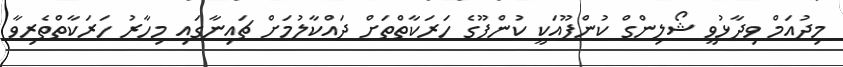
މިދުއަމް ވިދާޅުވީ ޝޯލިންގް ކުންފޫއަކީ ކުންފޫގެ ހަރަކާތްތަށް ދައްކާލުމަށް ޗައިނާގައި މިހާރު ހަރަކާތްތެރިވާ